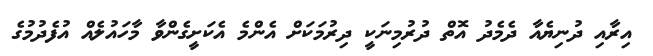
އިރާއި ދުނިޔެއާ ދެމެދު އޮތް ދުރުމިނަކީ ދިރުމަކަށް އެންމެ އެކަށީގެންވާ މާހައުލެއް އުފެދުމުގެ